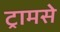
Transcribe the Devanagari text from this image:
ट्रामसे